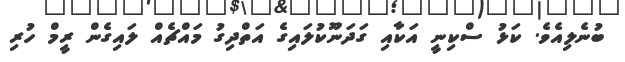
ބުނެލިއެވެ. ކަޅު ސްކިނީ އަކާއި ގަދަނޫކުލައިގެ އަތްދިގު މައްޗެއް ލައިގެން ރީމް ހުރި